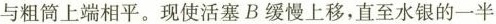
与粗筒上端相平。现使活塞B缓慢上移，直至水银的一半